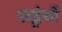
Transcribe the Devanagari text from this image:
सद्ग्रंथों